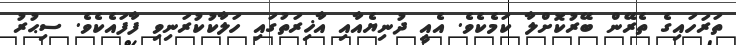
ތަރަހައިގެ ތެރޭން ބޭރުކޮށްލާ ކަމެކެވެ. އެއީ ދުނިޔެއާއި އާޚިރަތުގައި ހަލާކުކުރަނިވި ފާފައެކެވެ. ސިޙުރު